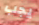
يجب